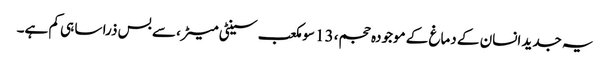
یہ جدید انسان کے دماغ کے موجودہ حجم، 13 سو مکعب سینٹی میٹر، سے بس ذرا سا ہی کم ہے۔